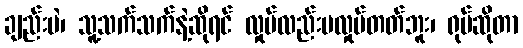
ချည်းပဲ၊ သူ့သက်သက်နဲ့ဆိုရင် လှုပ်လည်းမလှုပ်တတ်ဘူး၊ ရုပ်ဆိုတာ